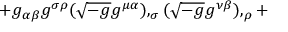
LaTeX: + g _ { \alpha \beta } g ^ { \sigma \rho } ( { \sqrt { - g } } g ^ { \mu \alpha } ) , _ { \sigma } ( { \sqrt { - g } } g ^ { \nu \beta } ) , _ { \rho } +